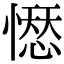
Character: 𢡊